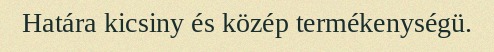
Határa kicsiny és közép termékenységü.